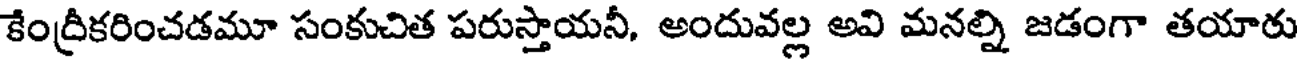
కేంద్రీకరించడమూ సంకుచిత పరుస్తాయనీ, అందువల్ల అవి మనల్ని జడంగా తయారు